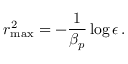
r _ { \mathrm { m a x } } ^ { 2 } = - \frac { 1 } { \beta _ { p } } \log { \epsilon } \, .